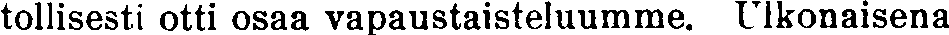
tollisesti otti osaa vapaustaisteluumme. Ulkonaisena